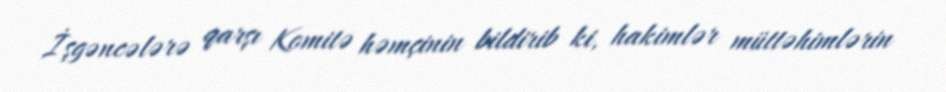
İşgəncələrə qarşı Komitə həmçinin bildirib ki, hakimlər müttəhimlərin